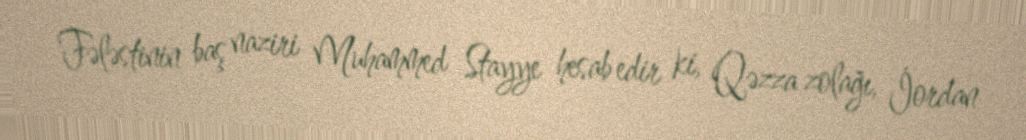
Fələstinin baş naziri Muhammed Stayye hesab edir ki, Qəzza zolağı, İordan